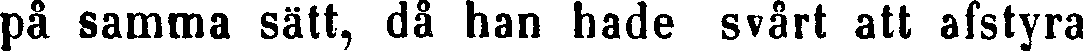
på samma sätt, då han hade svårt att afstyra